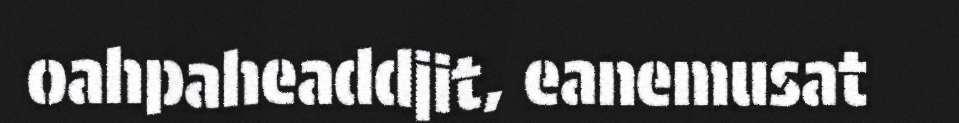
oahpaheaddjit, eanemusat